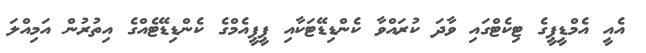
އެއީ އެމްޑީޕީގެ ޓިކެޓްގައި ވާދަ ކުރައްވާ ކެންޑިޑޭޓަކާއި ޕީޕީއެމްގެ ކެންޑިޑޭޓެއްގެ އިތުރުން އަމިއްލަ